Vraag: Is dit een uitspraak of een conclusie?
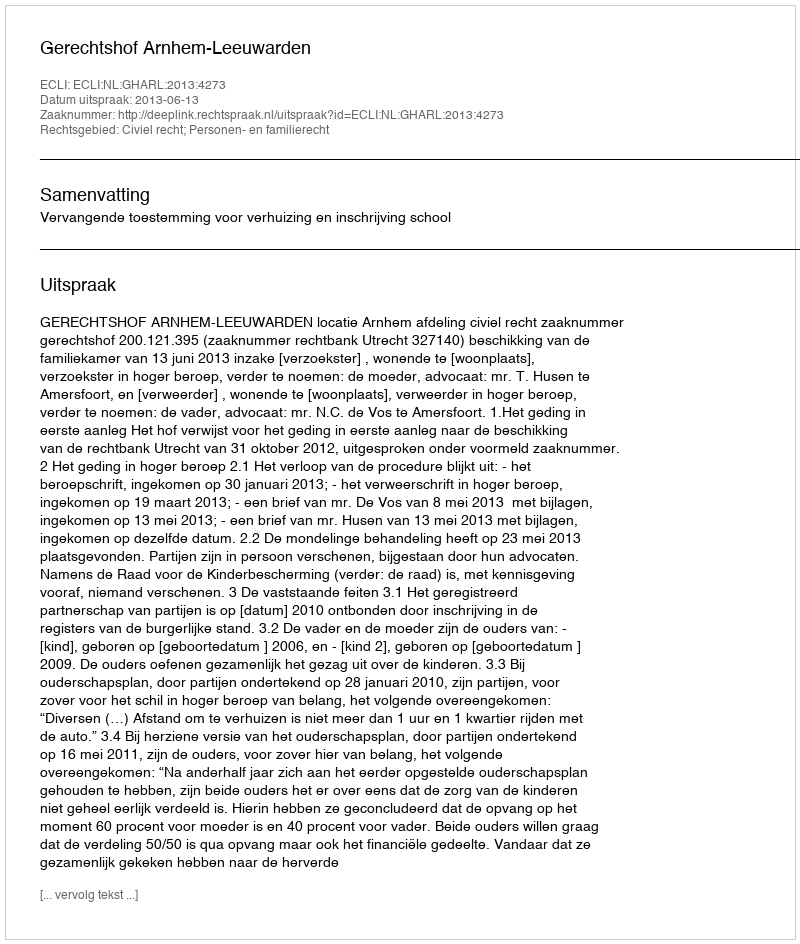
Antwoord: Uitspraak